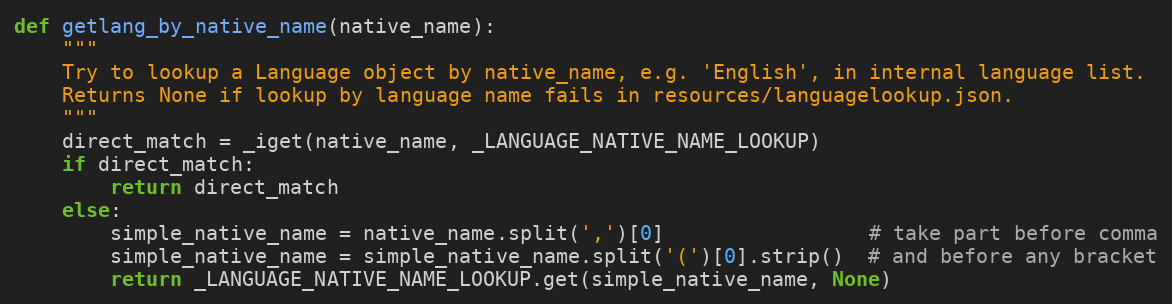
Language: Python
def getlang_by_native_name(native_name):
    """
    Try to lookup a Language object by native_name, e.g. 'English', in internal language list.
    Returns None if lookup by language name fails in resources/languagelookup.json.
    """
    direct_match = _iget(native_name, _LANGUAGE_NATIVE_NAME_LOOKUP)
    if direct_match:
        return direct_match
    else:
        simple_native_name = native_name.split(',')[0]                 # take part before comma
        simple_native_name = simple_native_name.split('(')[0].strip()  # and before any bracket
        return _LANGUAGE_NATIVE_NAME_LOOKUP.get(simple_native_name, None)